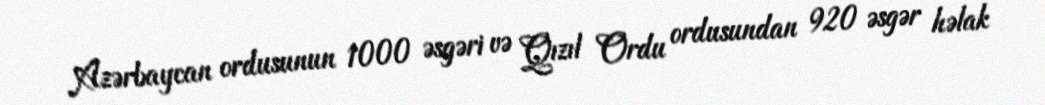
Azərbaycan ordusunun 1000 əsgəri və Qızıl Ordu ordusundan 920 əsgər həlak